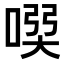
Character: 𠸇